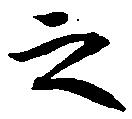
之